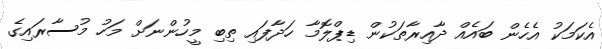
އެކަމަކު އެހެން ބައެއް ދާއިރާތަކުން ޑިޕްލޮމާ ހަދާފައި ތިބި މީހުންނަށް މަހު މުސާރައިގެ